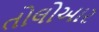
તોલોઆર